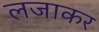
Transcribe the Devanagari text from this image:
लजाकर